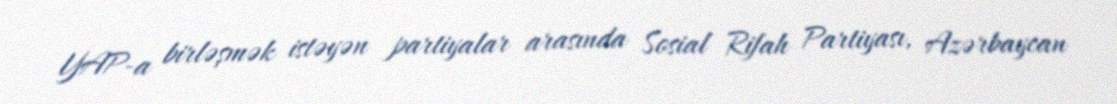
YAP-a birləşmək istəyən partiyalar arasında Sosial Rifah Partiyası, Azərbaycan